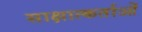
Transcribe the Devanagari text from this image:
साक्षात्कर्ताओं